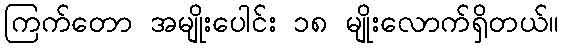
ကြက်တော အမျိုးပေါင်း ၁၈ မျိုးလောက်ရှိတယ်။